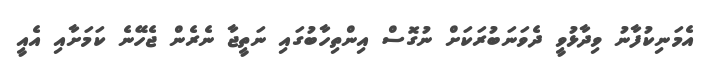
އެމަނިކުފާނު ވިދާޅުވީ ދެވަނަބުރަކަށް ނުގޮސް އިންތިހާބުގައި ނަތީޖާ ނެރެން ޖެހޭނެ ކަމަށާއި އެއީ